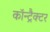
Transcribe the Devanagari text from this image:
कॉन्ट्रैक्टर